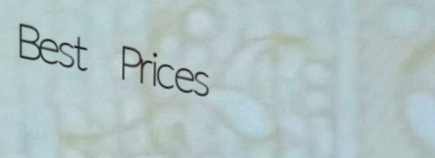
Best Prices